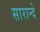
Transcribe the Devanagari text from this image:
सारान्दे